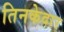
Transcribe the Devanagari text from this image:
तिनकेदार